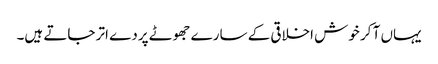
یہاں آ کر خوش اخلاقی کے سارے جھوٹے پردے اتر جاتے ہیں۔